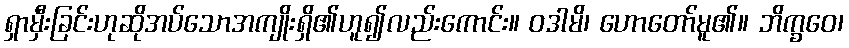
ရှာမှီးခြင်းဟုဆိုအပ်သောအကျိုးရှိ၏ဟူ၍လည်းကောင်း။ ဝဒါမိ၊ ဟောတော်မူ၏။ ဘိက္ခဝေ၊